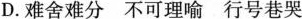
D. 难舍难分不可理喻行号巷哭